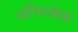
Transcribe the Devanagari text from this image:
अनिन्जेक्त